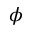
\phi